Civil Veterinary Dept. Bombay admin report 1900-1906 - 1900-1906
Year: 1900
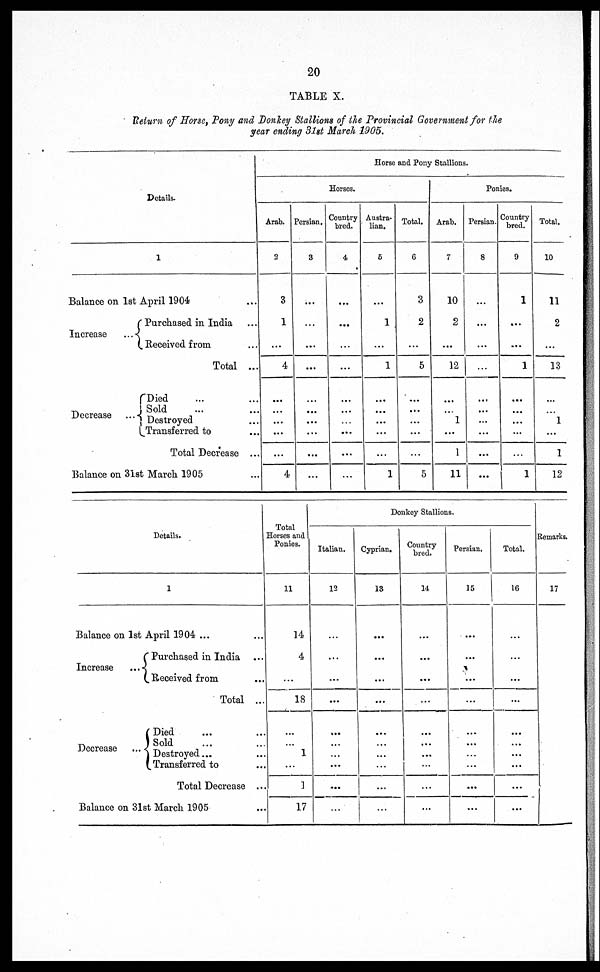
20
TABLE X.
Return of Horse, Pony and Donkey Stallions of the Provincial Government for the
year ending 31st March 1905.
Details.
1
Balance on 1st April 1904
Increase
...
Purchased in India ...
Received from ...
Total ...
Decrease ...
Died ... ...
Sold ... ...
Destroyed ...
Transferred to ...
Total Decrease ...
Balance on 31s
t March 1905 ...
Horse and Pony Stallions.
Horses.
Arab.
2
3
1
...
4
...
...
...
...
4
Persian.
8
...
...
...
...
...
...
...
...
Country
bred.
4
...
...
...
...
...
...
...
...
...
Austra-
lian.
5
...
1
...
1
...
...
...
...
1
Total.
6
3
2
...
5
...
...
...
...
5
Ponies.
Arab.
7
10
2
...
12
...
1
...
1
11
Persian.
8
...
...
...
...
...
...
...
...
...
Country
bred.
9
...1
...
...
1
...
...
...
...
1
Total.
10
11
2
...
13
...
1
...
1
12
Details.
1
Balance on 1st April 1904 ...
Increase
...
Purchased in India ...
Received from ...
Total ...
Decrease ...
Died ... ...
Sold ... ...
Destroyed
...
...
Transferred to ...
Total Decrease ...
Balance on 31st March 1905 ...
Total
Horses and
Ponies.
11
14
4
...
18
...
1
...
1
17
Donkey Stallions.
Italian.
12
...
...
...
...
...
...
...
...
...
Cyprian.
18
...
...
...
...
...
...
...
...
...
Country
bred.
14
...
...
...
...
...
...
...
...
...
Persian.
15
...
...
...
...
...
...
...
...
...
Total.
16
...
...
...
...
...
...
...
...
...
Remarks.
17
...
...
...
...
...
...
...
...
...